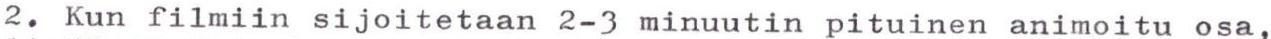
2. Kun filmiin sijoitetaan 2-3 minuutin pituinen animoitu osa,